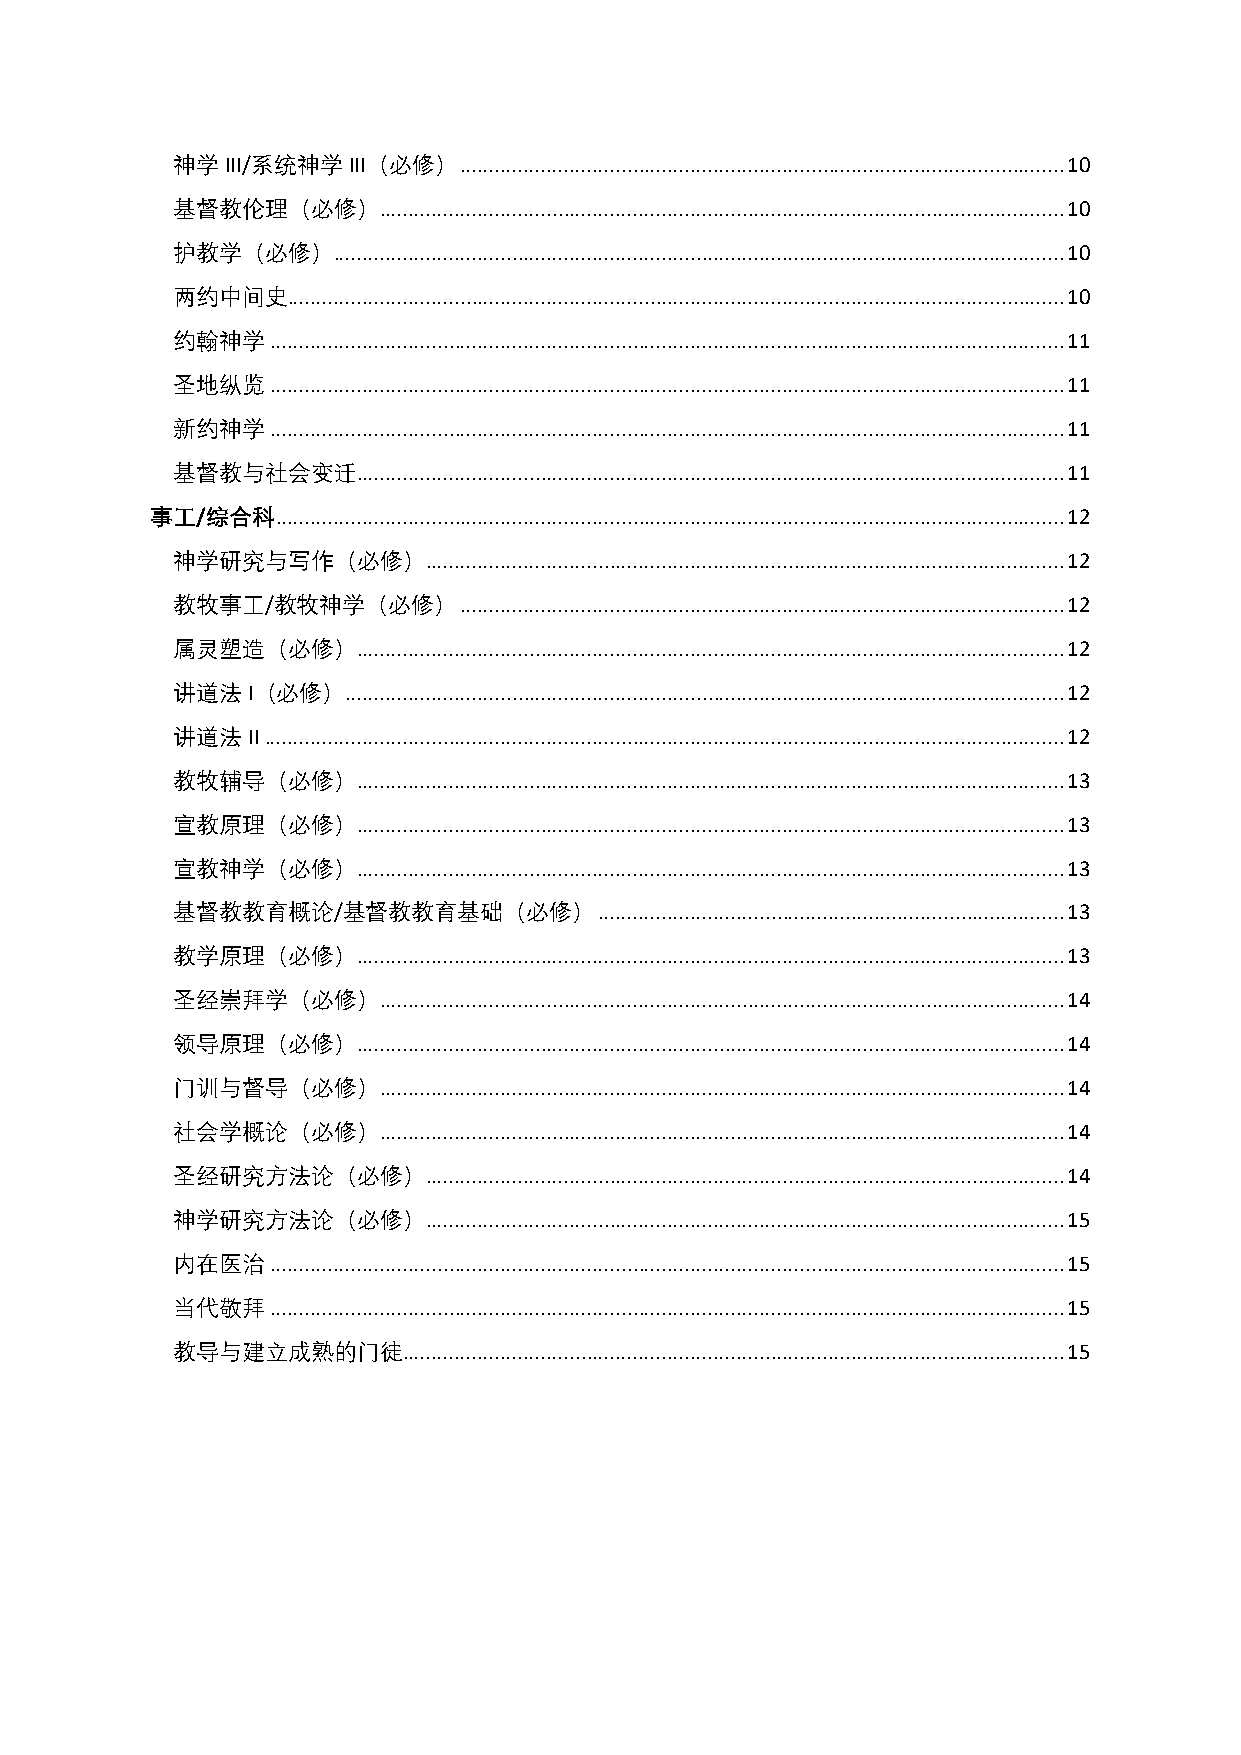
神学III/系统神学III（必修）  ......................................................................................................... 10
 基督教伦理（必修）     ....................................................................................................................... 10
 护教学（必修）............................................................................................................................... 10
 两约中间史....................................................................................................................................... 10
 约翰神学   .......................................................................................................................................... 11
 圣地纵览   .......................................................................................................................................... 11
 新约神学   .......................................................................................................................................... 11
 基督教与社会变迁     ........................................................................................................................... 11
 事工/综合科  ......................................................................................................................................... 12
 神学研究与写作（必修）      ............................................................................................................... 12
 教牧事工/教牧神学（必修）      ......................................................................................................... 12
 属灵塑造（必修）     ........................................................................................................................... 12
 讲道法I（必修）............................................................................................................................. 12
 讲道法II  ........................................................................................................................................... 12
 教牧辅导（必修）     ........................................................................................................................... 13
 宣教原理（必修）     ........................................................................................................................... 13
 宣教神学（必修）     ........................................................................................................................... 13
 基督教教育概论/基督教教育基础（必修）          ................................................................................. 13
 教学原理（必修）     ........................................................................................................................... 13
 圣经崇拜学（必修）     ....................................................................................................................... 14
 领导原理（必修）     ........................................................................................................................... 14
 门训与督导（必修）     ....................................................................................................................... 14
 社会学概论（必修）     ....................................................................................................................... 14
 圣经研究方法论（必修）      ............................................................................................................... 14
 神学研究方法论（必修）      ............................................................................................................... 15
 内在医治   .......................................................................................................................................... 15
 当代敬拜   .......................................................................................................................................... 15
 教导与建立成熟的门徒      ................................................................................................................... 15